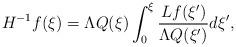
LaTeX: \begin{align*} {H}^{-1} f (\xi) = \Lambda Q(\xi) \int_0^\xi \frac{{L} f(\xi')}{\Lambda Q(\xi')} d\xi',\end{align*}